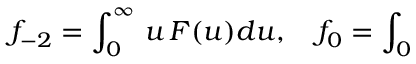
f _ { - 2 } = \int _ { 0 } ^ { \infty } \, u \, F ( u ) d u , \quad f _ { 0 } = \int _ { 0 }